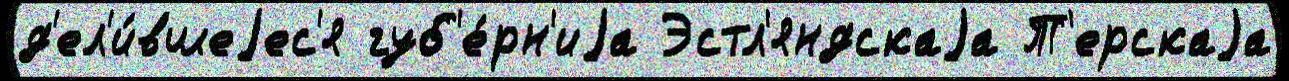
д'ел'и́вшеjес'я губ'е́рн'иjа Эстл'яндскаjа Т'ерскаjа